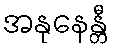
အနုနေန္တီ